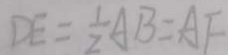
D E = \frac { 1 } { 2 } A B = A F